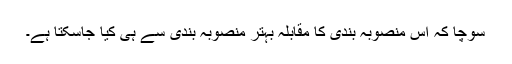
سوچا کہ اس منصوبہ بندی کا مقابلہ بہتر منصوبہ بندی سے ہی کیا جاسکتا ہے۔